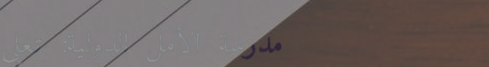
مدرسة الأمل الدولية: تعلي